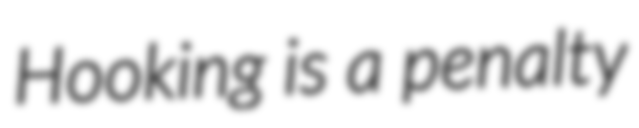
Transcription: Hooking is a penalty